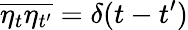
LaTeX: \overline{{\eta_{t}\eta_{t^{\prime}}}}=\delta(t-t^{\prime})